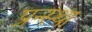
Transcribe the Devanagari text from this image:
प्रन्स्था